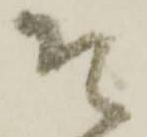
そ